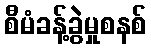
စီမံခန့်ခွဲမှုစနစ်